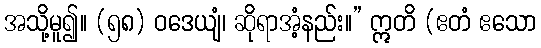
အသို့မူ၍။ (၅၈) ဝဒေယျံ၊ ဆိုရာအံ့နည်း။” ဣတိ (ဧတံ ဧသော